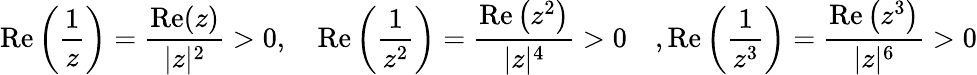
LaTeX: \operatorname{Re}\left(\frac{1}{z}\right)=\frac{\operatorname{Re}(z)}{|z|^{2}}>0,\quad\operatorname{Re}\left(\frac{1}{z^{2}}\right)=\frac{\operatorname{Re}\left(z^{2}\right)}{|z|^{4}}>0\quad,\operatorname{Re}\left(\frac{1}{z^{3}}\right)=\frac{\operatorname{Re}\left(z^{3}\right)}{|z|^{6}}>0